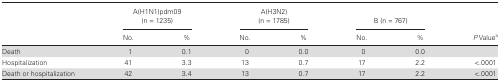
|  | <COLSPAN=2> A(H1N1)pdm09(n = 1235) | <COLSPAN=2> A(H3N2)(n = 1785) | <COLSPAN=2> B (n = 767) |  |
 |  | No. | % | No. | % | No. | % | P Valuea |
 | --- | --- | --- | --- | --- | --- | --- | --- |
 | Death | 1 | 0.1 | 0 | 0.0 | 0 | 0.0 |  |
 | Hospitalization | 41 | 3.3 | 13 | 0.7 | 17 | 2.2 | <.0001 |
 | Death or hospitalization | 42 | 3.4 | 13 | 0.7 | 17 | 2.2 | <.0001 |